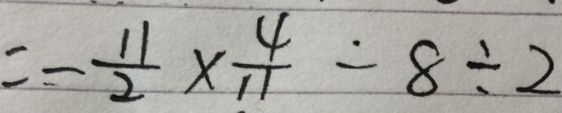
= - \frac { 1 1 } { 2 } \times \frac { 4 } { 1 1 } - 8 \div 2